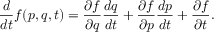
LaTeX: { \frac { d } { d t } } f ( p , q , t ) = { \frac { \partial f } { \partial q } } { \frac { d q } { d t } } + { \frac { \partial f } { \partial p } } { \frac { d p } { d t } } + { \frac { \partial f } { \partial t } } .